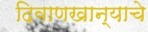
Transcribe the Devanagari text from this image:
दिवाणखान्याचे